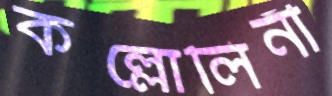
কল্লোলিনী